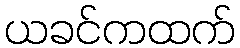
ယခင်ကထက်